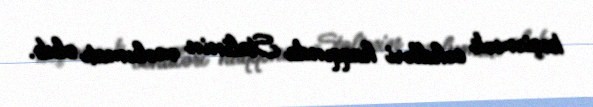
keçirmək cəhdləri haqqında Stalinin məlumatı olub.